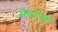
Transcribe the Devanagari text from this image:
सेदटको